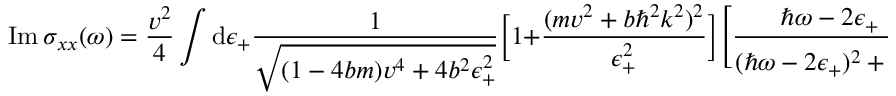
\mathrm { I m } \, \sigma _ { x x } ( \omega ) = \frac { v ^ { 2 } } { 4 } \int \mathrm { d } \epsilon _ { + } \frac { 1 } { \sqrt { ( 1 - 4 b m ) v ^ { 4 } + 4 b ^ { 2 } \epsilon _ { + } ^ { 2 } } } \bigg [ 1 + \frac { ( m v ^ { 2 } + b \hbar ^ { 2 } k ^ { 2 } ) ^ { 2 } } { \epsilon _ { + } ^ { 2 } } \bigg ] \Bigg [ \frac { \hbar \omega - 2 \epsilon _ { + } } { ( \hbar \omega - 2 \epsilon _ { + } ) ^ { 2 } + \frac { \hbar ^ { 2 } } { 4 \tau ^ { 2 } } } + \frac { 1 } { 2 \epsilon _ { + } + \hbar \omega } \Bigg ]